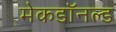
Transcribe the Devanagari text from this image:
मेकडॉनल्ड